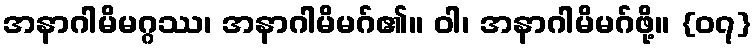
အနာဂါမိမဂ္ဂဿ၊ အနာဂါမိမဂ်၏။ ဝါ၊ အနာဂါမိမဂ်ဖို့။ {၀၇}